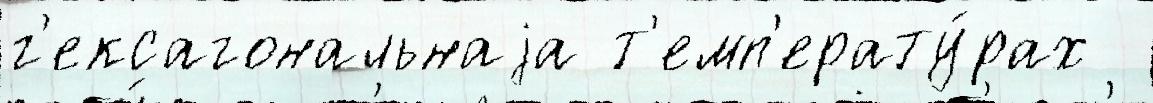
г'ексагональнаjа т'емп'ерату́рах